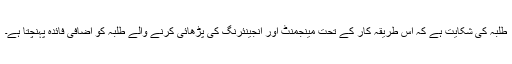
طلبہ کی شکایت ہے کہ اس طریقہ کار کے تحت مینجمنٹ اور انجینئرنگ کی پڑھائی کرنے والے طلبہ کو اضافی فائدہ پہنچتا ہے۔